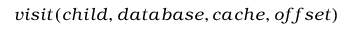
v i s i t ( c h i l d , d a t a b a s e , c a c h e , o f f s e t )